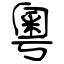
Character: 粵